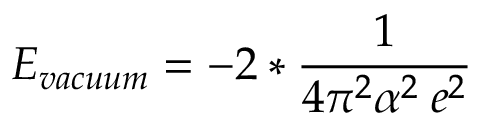
{ \cal E } _ { v a c u u m } = - 2 * \frac { 1 } { 4 \pi ^ { 2 } \alpha ^ { 2 } \: e ^ { 2 } }